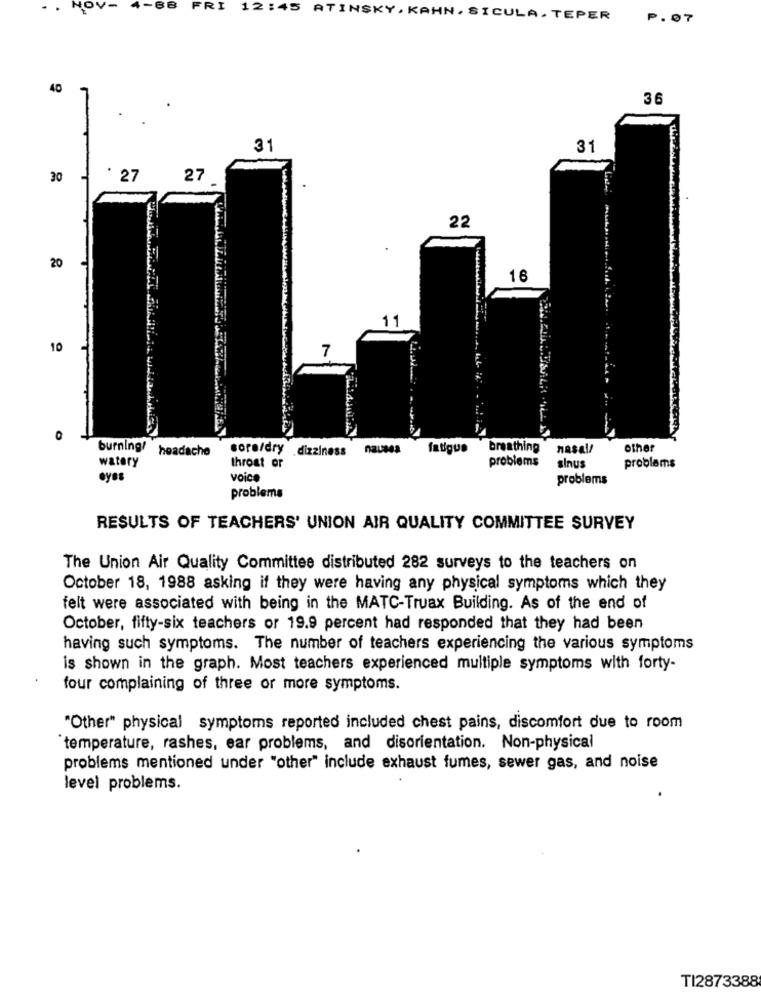
NO
-88
FRI
12:45 ATINSKY , KAHN. SICULA. TEPER
P.07
40
36
31
31
30
* 27
27
22
20
16
11
10
7
0
burning! headache
sore/dry dizziness nausea fatigue
breathing
nasal/
other
watery
problems
throat or
sinus
problems
eyes
voice
problems
problems
RESULTS OF TEACHERS' UNION AIR QUALITY COMMITTEE SURVEY
The Union Air Quality Committee distributed 282 surveys to the teachers on
October 18, 1988 asking if they were having any physical symptoms which they
felt were associated with being in the MATC-Truax Building. As of the end of
October, fifty-six teachers or 19.9 percent had responded that they had been
having such symptoms. The number of teachers experiencing the various symptoms
is shown in the graph. Most teachers experienced multiple symptoms with forty-
four complaining of three or more symptoms.
"Other" physical symptoms reported included chest pains, discomfort due to room
temperature, rashes, ear problems, and disorientation. Non-physical
problems mentioned under "other" include exhaust fumes, sewer gas, and noise
level problems.
TI2873388